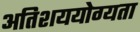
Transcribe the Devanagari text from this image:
अतिशययोग्यता